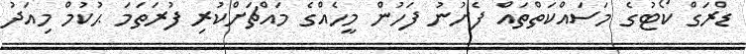
ޑްރަގް ކޯޓުގެ މަސައްކަތްތައް ފެށުނު ފަހުން މީހެއްގެ މައްޗަށްކުރި ފުރަތަމަ ޙުކުމް މިއަދު